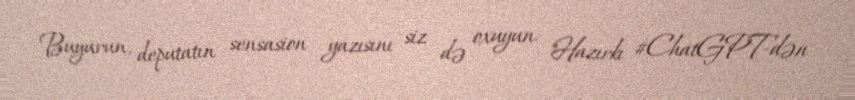
Buyurun, deputatın sensasion yazısını siz də oxuyun: "Hazırkı #ChatGPT-dən